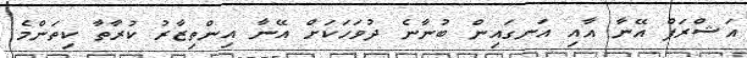
އަޝްރަފް އޭނާ އާއި އަނގައިން ބުނާނެ ދުވަހަކަށް އޭނާ އިންތިޒާރު ކުރާތާ ކިތަންމެ